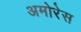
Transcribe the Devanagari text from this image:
अमोरेस